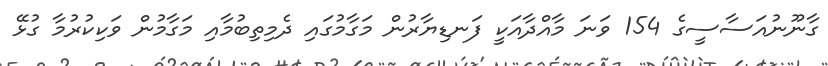
ގާނޫނުއަސާސީގެ 154 ވަނަ މާއްދާއަކީ ފަނޑިޔާރުން މަގާމުގައި ދެމިތިބުމާއި މަގާމުން ވަކިކުރުމާ ގުޅޭ